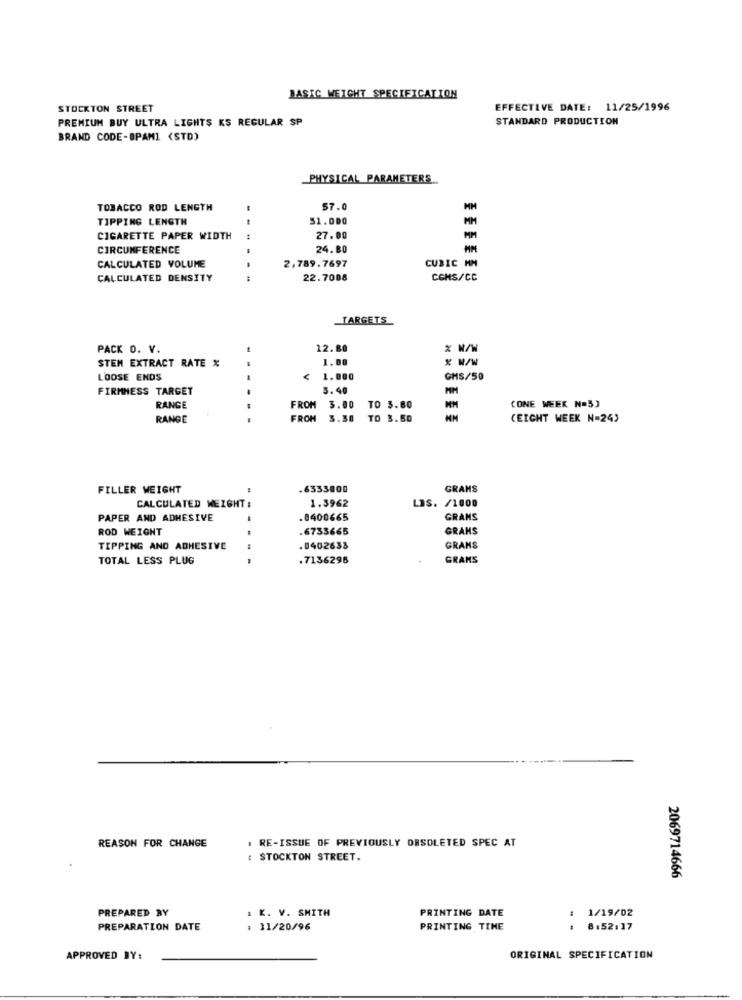
BASIC WEIGHT SPECIFICATION
STOCKTON STREET
EFFECTIVE DATE: 11/25/1996
PREMIUM BUY ULTRA LIGHTS KS REGULAR SP
STANDARD PRODUCTION
BRAND CODE-OPAMI (STD)
PHYSICAL PARAMETERS
TOBACCO ROD LENGTH
57.
TIPPING LENGTH
51.000
MM
CIGARETTE PAPER WIDTH
27.00
MM
CIRCUMFERENCE
24.80
CUBIC MM
CALCULATED VOLUME
2,789.7697
CALCULATED DENSITY
22.7008
CONS/CC
TARGETS
PACK O. V.
12. 80
% N/W
STEM EXTRACT RATE %
1.80
x w/W
LOOSE ENDS
1.000
CHS/50
FIRMNESS TARGET
3.40
MM
RANGE
FROM 3.00 TO 3.60
CONE WEEK N=5]
RANGE
FROM
3.30 TO 3.50
(EIGHT WEEK N=24)
FILLER WEIGHT
.6333000
GRANS
CALCULATED WEIGHT :
1.3962
LBS. /1000
PAPER AND ADHESIVE
.8400665
GRANS
ROD WEIGHT
.6733665
GRANS
TIPPING AND ADHESIVE
.0402633
GRANS
TOTAL LESS PLUG
.7136298
GRANS
REASON FOR CHANGE
. RE-ISSUE OF PREVIOUSLY OBSOLETED SPEC AT
STOCKTON STREET.
2069714666
PREPARED BY
: K. V. SMITH
1/19/02
PRINTING DATE
PREPARATION DATE
: 11/20/96
PRINTING TIME
: 8:52:17
APPROVED BY:
ORIGINAL SPECIFICATION